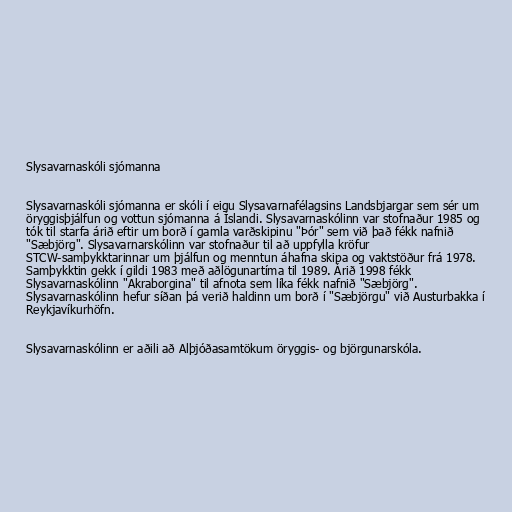
Slysavarnaskóli sjómanna

Slysavarnaskóli sjómanna er skóli í eigu Slysavarnafélagsins Landsbjargar sem sér um
öryggisþjálfun og vottun sjómanna á Íslandi. Slysavarnaskólinn var stofnaður 1985 og
tók til starfa árið eftir um borð í gamla varðskipinu "Þór" sem við það fékk nafnið
"Sæbjörg". Slysavarnarskólinn var stofnaður til að uppfylla kröfur
STCW-samþykktarinnar um þjálfun og menntun áhafna skipa og vaktstöður frá 1978.
Samþykktin gekk í gildi 1983 með aðlögunartíma til 1989. Árið 1998 fékk
Slysavarnaskólinn "Akraborgina" til afnota sem líka fékk nafnið "Sæbjörg".
Slysavarnaskólinn hefur síðan þá verið haldinn um borð í "Sæbjörgu" við Austurbakka í
Reykjavíkurhöfn.

Slysavarnaskólinn er aðili að Alþjóðasamtökum öryggis- og björgunarskóla.